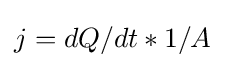
j=dQ/dt*1/A